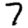
Digit: 7